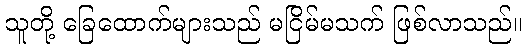
သူတို့ ခြေထောက်များသည် မငြိမ်မသက် ဖြစ်လာသည်။